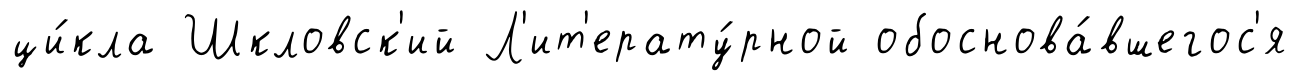
ци́кла Шкловск'ий Л'ит'ерату́рной обоснова́вшегос'я